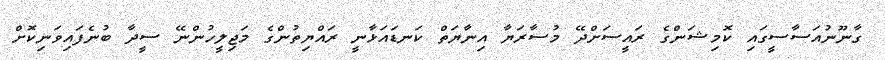
ގާނޫނުއަސާސީގައި ކޮމިޝަންގެ ރައީސަށްދޭ މުސާރަޔާ އިނާޔަތް ކަނޑައަޅާނީ ރައްޔިތުންގެ މަޖިލީހުންނޭ ސީދާ ބުނެފައިވަނިކޮށް